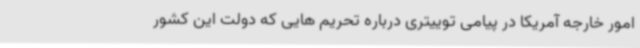
امور خارجه آمریکا در پیامی توییتری درباره تحریم هایی که دولت این کشور